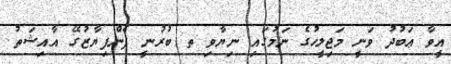
އީވާ ޢަބުދު ވަނީ މަޖިލީހުގެ ނަމުގައި ނިޔާވި ތ ބުރުނީ ފެންފިޔާޒުގޭ އާއިިޝަތު